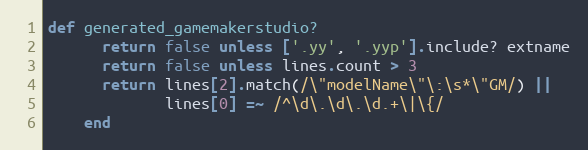
Language: Ruby
def generated_gamemakerstudio?
      return false unless ['.yy', '.yyp'].include? extname
      return false unless lines.count > 3
      return lines[2].match(/\"modelName\"\:\s*\"GM/) ||
             lines[0] =~ /^\d\.\d\.\d.+\|\{/
    end